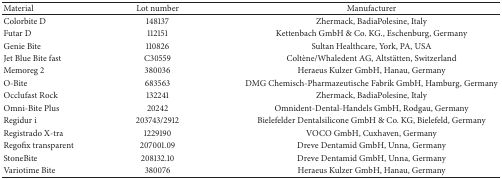
<table><thead><tr><td><b>Material</b></td><td><b>Lot number</b></td><td><b>Manufacturer</b></td></tr></thead><tbody><tr><td>Colorbite D</td><td>148137</td><td>Zhermack, BadiaPolesine, Italy</td></tr><tr><td>Futar D</td><td>112151</td><td>Kettenbach GmbH &amp; Co. KG., Eschenburg, Germany</td></tr><tr><td>Genie Bite</td><td>110826</td><td>Sultan Healthcare, York, PA, USA</td></tr><tr><td>Jet Blue Bite fast</td><td>C30559</td><td>Coltène/Whaledent AG, Altstätten, Switzerland</td></tr><tr><td>Memoreg 2</td><td>380036</td><td>Heraeus Kulzer GmbH, Hanau, Germany</td></tr><tr><td>O-Bite</td><td>683563</td><td>DMG Chemisch-Pharmazeutische Fabrik GmbH, Hamburg, Germany</td></tr><tr><td>Occlufast Rock</td><td>132241</td><td>Zhermack, BadiaPolesine, Italy</td></tr><tr><td>Omni-Bite Plus</td><td>20242</td><td>Omnident-Dental-Handels GmbH, Rodgau, Germany</td></tr><tr><td>Regidur i</td><td>203743/2912</td><td>Bielefelder Dentalsilicone GmbH &amp; Co. KG, Bielefeld, Germany</td></tr><tr><td>Registrado X-tra</td><td>1229190</td><td>VOCO GmbH, Cuxhaven, Germany</td></tr><tr><td>Regofix transparent</td><td>207001.09</td><td>Dreve Dentamid GmbH, Unna, Germany</td></tr><tr><td>StoneBite</td><td>208132.10</td><td>Dreve Dentamid GmbH, Unna, Germany</td></tr><tr><td>Variotime Bite</td><td>380076</td><td>Heraeus Kulzer GmbH, Hanau, Germany</td></tr></tbody></table>